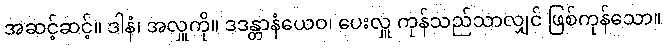
အဆင့်ဆင့်။ ဒါနံ၊ အလှူကို။ ဒဒန္တာနံယေဝ၊ ပေးလှူ ကုန်သည်သာလျှင် ဖြစ်ကုန်သော။